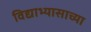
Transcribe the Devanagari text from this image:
विद्याभ्यासाच्या